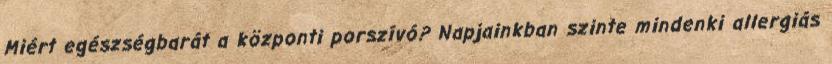
Miért egészségbarát a központi porszívó? Napjainkban szinte mindenki allergiás